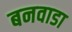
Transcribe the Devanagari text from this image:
बनवाडा